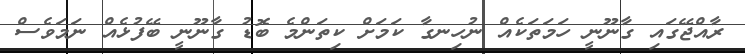
ރާއްޖޭގައި ގާނޫނީ ހަމަތަކެއް ނުހިނގާ ކަމަށް ކިތަންމެ ބޮޑު ގާނޫނީ ބޭފުޅެއް ނަމަވެސް